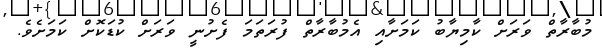
މުބާރާތް ވަރަށް ކާމިޔާބު ކަމަށާއި އެމުބާރާތް ފުރަތަމަ ފެށުނީ ވަރަށް ކުޑަކޮށް ކަމަށެވެ.